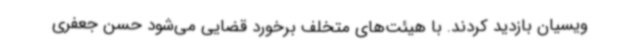
ویسیان بازدید کردند. با هیئت‌های متخلف برخورد قضایی می‌شود حسن جعفری